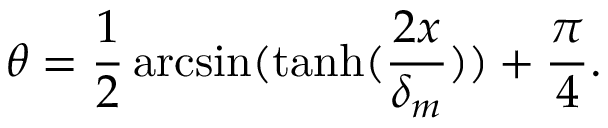
\theta = \frac 1 2 \arcsin ( \operatorname { t a n h } ( \frac { 2 x } { \delta _ { m } } ) ) + \frac \pi 4 .